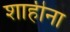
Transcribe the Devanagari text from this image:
शाहीना